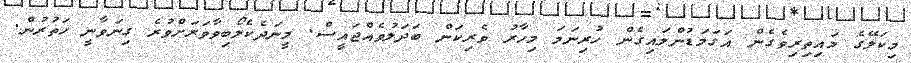
މިކަލޭގެ މައިތިރިވެގެން އަގަމަޑުންލައިގެން ހުރިނަމަ މިހާރު ވެރިކަން ބަދަލުވެއްޖައީސް. މީނަދެކެލޯބިވާވަރަށްވުރެ ގިނަވާނީ ހަތުރުން.